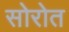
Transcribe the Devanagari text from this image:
सोरोत